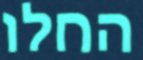
החלו